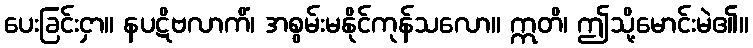
ပေးခြင်းငှာ။ နပဋိဗလာကိံ၊ အစွမ်းမနိုင်ကုန်သလော။ ဣတိ၊ ဤသို့မောင်းမဲ၏။